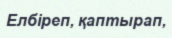
Елбіреп, қаптырап,